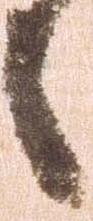
之